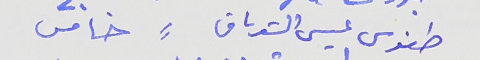
طنوس عيسى الشدياق     ⸗     خامس